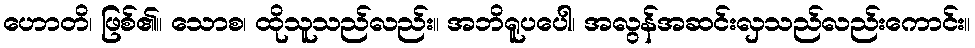
ဟောတိ၊ ဖြစ်၏။ သောစ၊ ထိုသူသည်လည်း။ အဘိရူပပေါ၊ အလွန်အဆင်းလှသည်လည်းကောင်း။